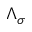
\Lambda _ { \sigma }